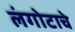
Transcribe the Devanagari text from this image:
लंगोटाचे